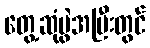
တွေ့ဆုံပွဲအပြီးတွင်